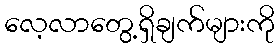
လေ့လာတွေ့ရှိချက်များကို